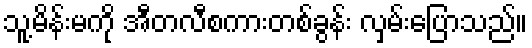
သူ့မိန်းမကို အီတလီစကားတစ်ခွန်း လှမ်းပြောသည်။